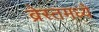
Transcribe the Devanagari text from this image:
ब्रेस्तमध्ये